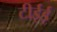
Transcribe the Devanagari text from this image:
टीईई